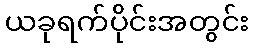
ယခုရက်ပိုင်းအတွင်း